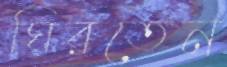
ঘিরতেন